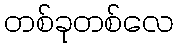
တစ်ခုတစ်လေ